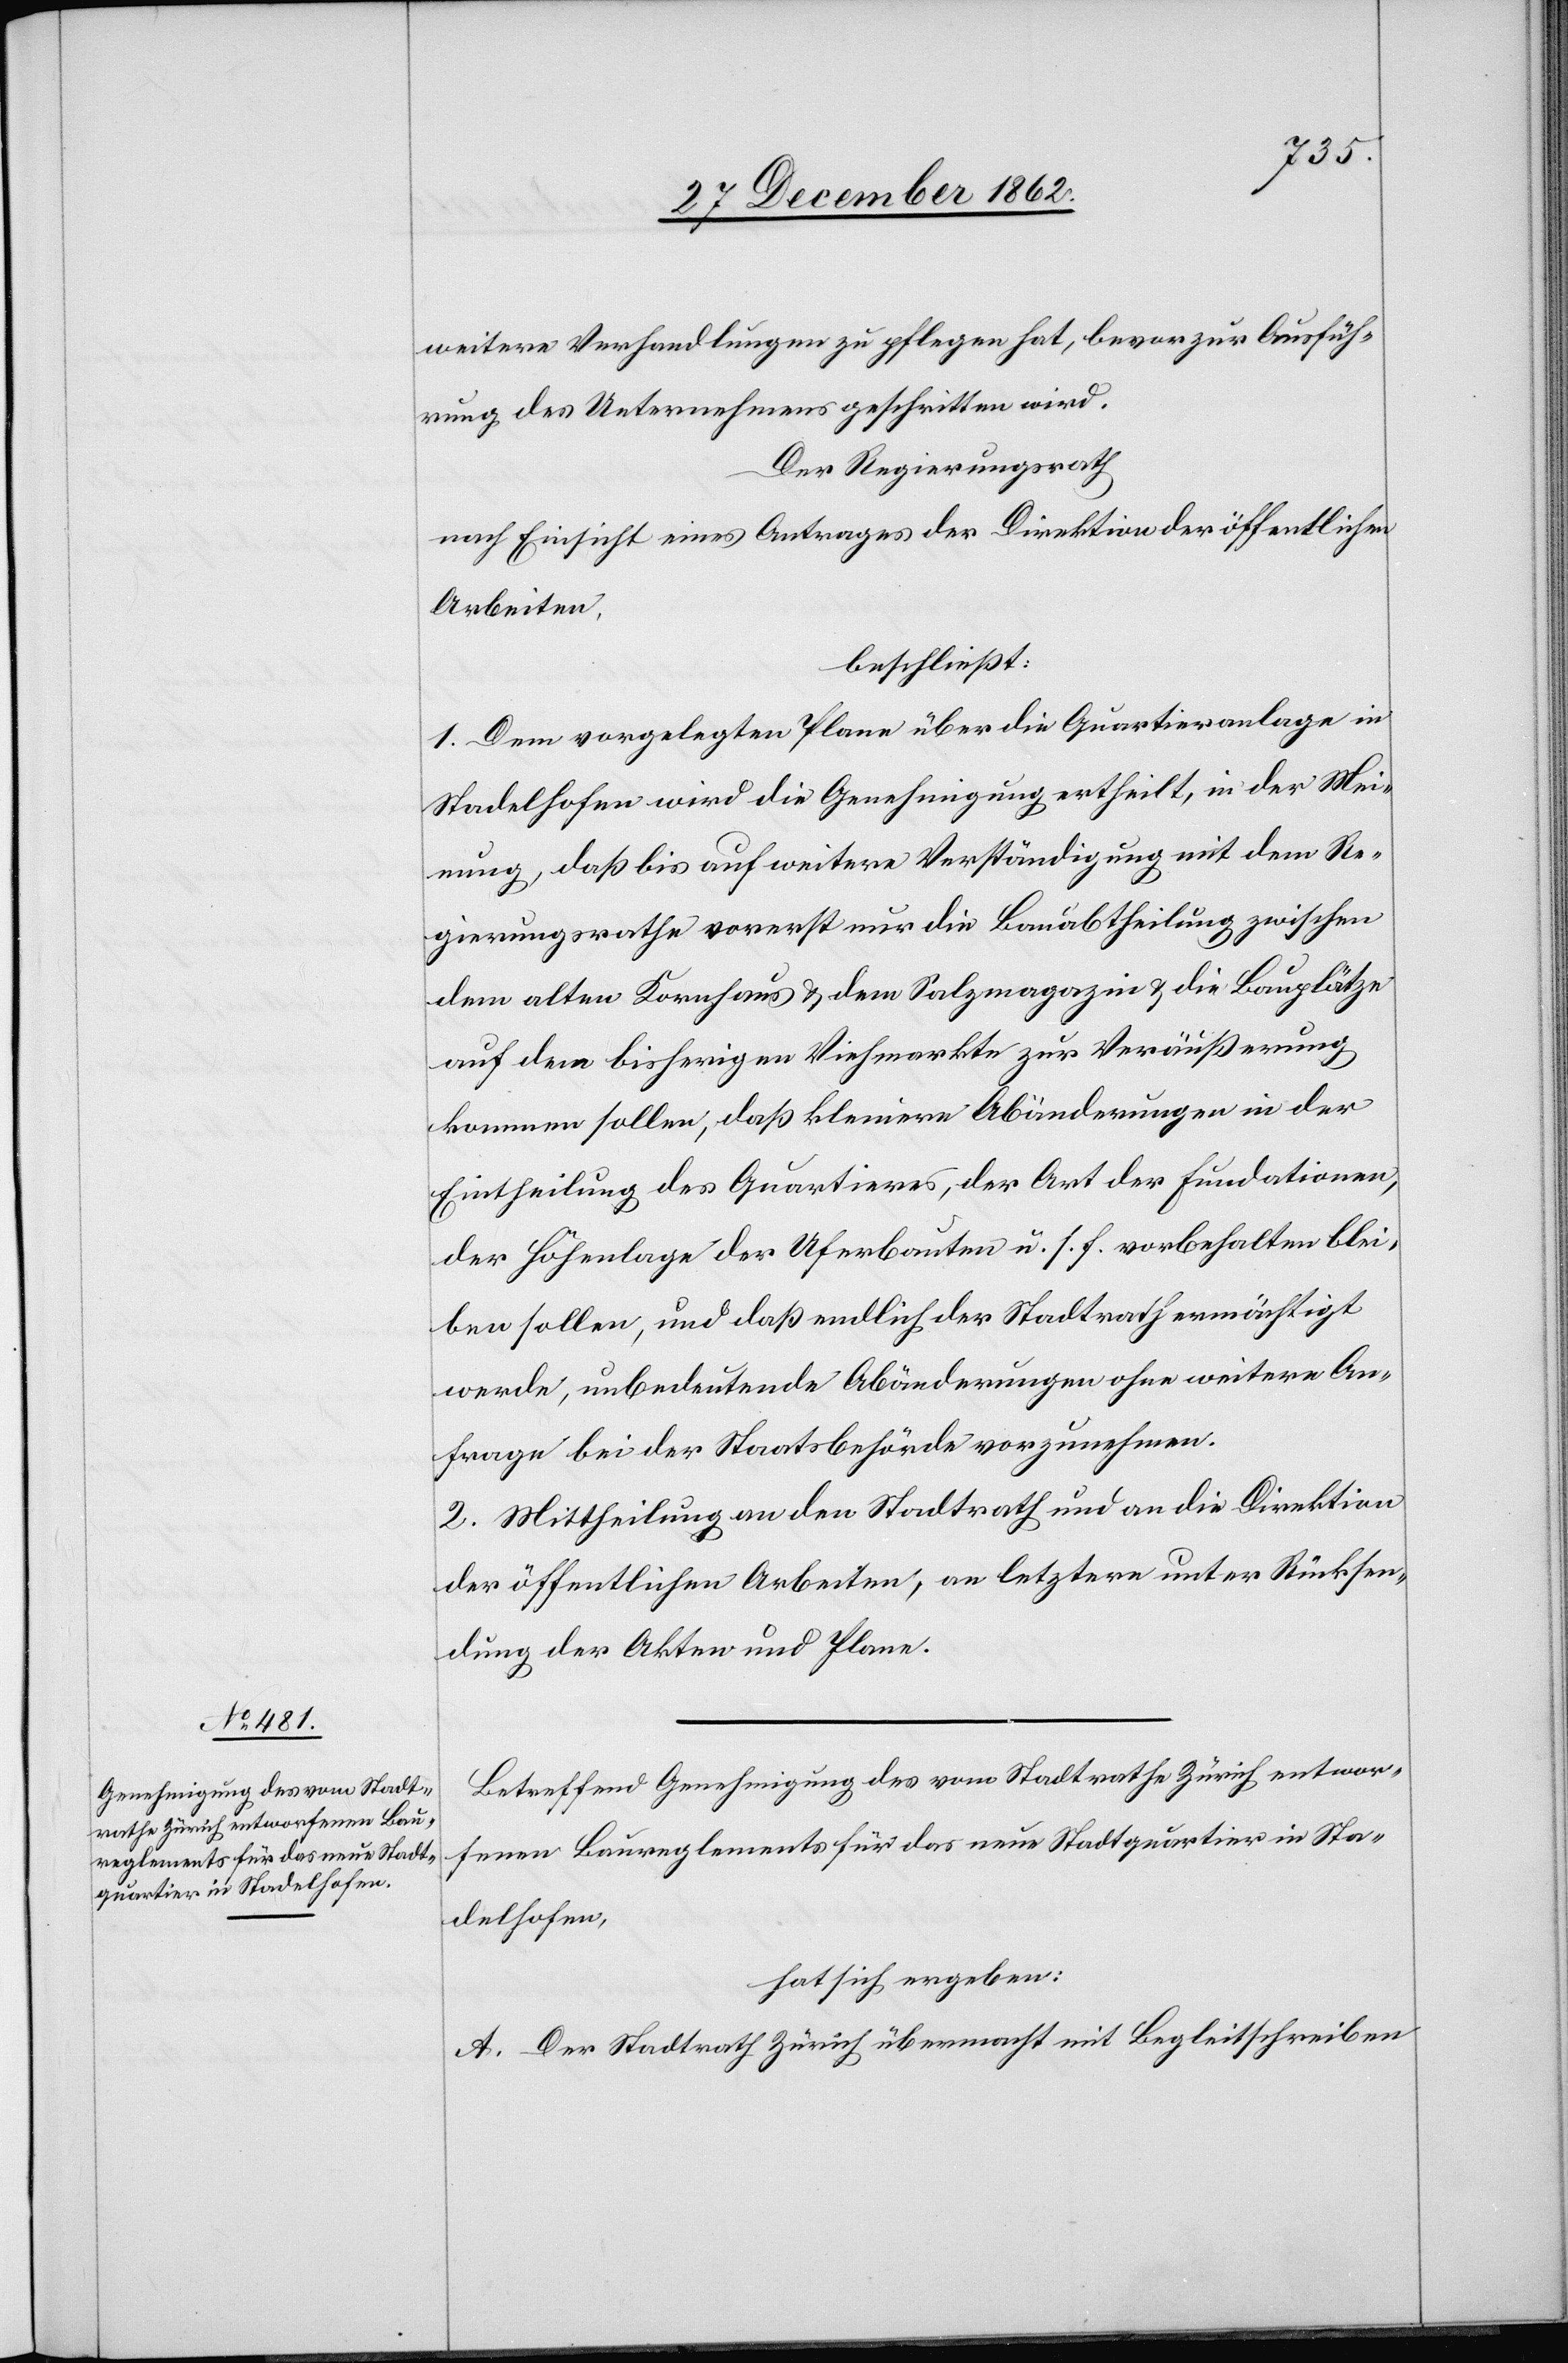
weitere Verhandlungen zu pflegen hat, bevor zur Ausfüh¬
rung des Unternehmens geschritten wird.
Der Regierungsrath
nach Einsicht eines Antrages der Direktion der öffentlichen
Arbeiten,
beschließt:
1. Dem vorgelegten Plane über die Quartieranlage in
Stadelhofen wird die Genehmigung ertheilt, in der Mei¬
nung, daß bis auf weitere Verständigung mit dem Re¬
gierungsrathe vorerst nur die Bauabtheilung zwischen
dem alten Kornhaus u. dem Salzmagazin u. die Bauplätze
auf dem bisherigen Viehmarkte zur Veräußerung
kommen sollen, daß kleinere Abänderungen in der
Eintheilung des Quartieres, der Art der Fundationen,
der Höhenlage der Uferbauten u. s. f. vorbehalten blei¬
ben sollen, und daß endlich der Stadtrath ermächtigt
werde, unbedeutende Abänderungen ohne weitere An¬
frage bei der Staatsbehörde vorzunehmen.
2. Mittheilung an den Stadtrath und an die Direktion
der öffentlichen Arbeiten, an letztere unter Rücksen¬
dung der Akten und Plane.
Betreffend Genehmigung des vom Stadtrathe Zürich entwor¬
fenen Baureglements für das neue Stadtquartier in Sta¬
delhofen,
hat sich ergeben:
A. Der Stadtrath Zürich übermacht mit Begleitschreiben